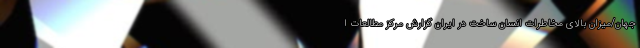
جهان/میزان بالای مخاطرات انسان ساخت در ایران گزارش مرکز مطالعات ا